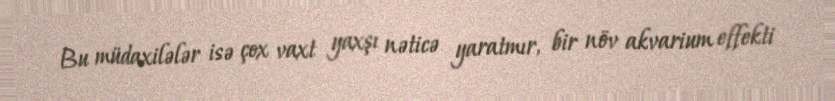
Bu müdaxilələr isə çox vaxt yaxşı nəticə yaratmır, bir növ akvarium effekti